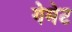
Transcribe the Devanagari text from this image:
गेमेट